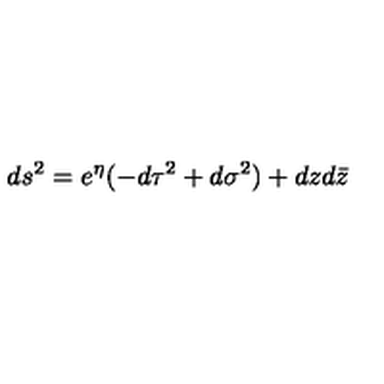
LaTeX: d s ^ { 2 } = e ^ { \eta } ( - d \tau ^ { 2 } + d \sigma ^ { 2 } ) + d z d \bar { z }